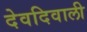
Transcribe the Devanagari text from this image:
देवदिवाली